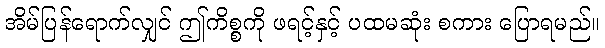
အိမ်ပြန်ရောက်လျှင် ဤကိစ္စကို ဖရင့်နှင့် ပထမဆုံး စကား ပြောရမည်။